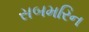
સબમરિન